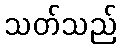
သတ်သည်